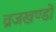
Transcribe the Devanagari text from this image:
व्रजखण्डों